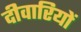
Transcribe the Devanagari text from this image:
दीवारियों